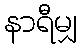
နာရီမျှ